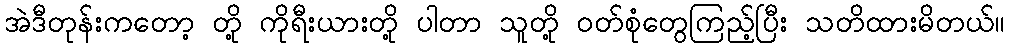
အဲဒီတုန်းကတော့ တို့ ကိုရီးယားတို့ ပါတာ သူတို့ ဝတ်စုံတွေကြည့်ပြီး သတိထားမိတယ်။